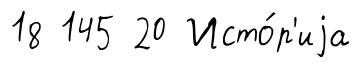
18 145 20 Исто́р'иjа